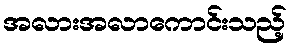
အလားအလာကောင်းသည့်